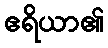
ဧရိယာ၏